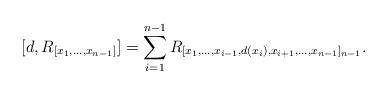
LaTeX: \begin{align*} [d,R_{[x_1,\dots,x_{n-1}]}] = \sum_{i = 1}^{n-1}R_{[x_1,\dots,x_{i-1},d(x_i),x_{i+1},\dots,x_{n-1}]_{n-1}}.\end{align*}